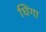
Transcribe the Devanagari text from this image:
धिंगा